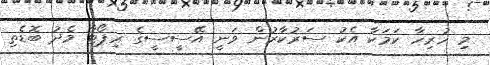
މި ހުރިހާ ކަމަކާ އެކު ސަރުކާރުން ވަނީ އޭސީސީގެ ރިޕޯޓާ މެދު ބޮޑެތި